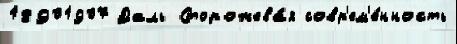
18901907 Даль Сторожева́я совр'ем'е́нность